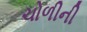
ચોળીની